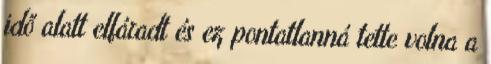
idő alatt elfáradt és ez pontatlanná tette volna a